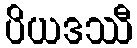
ပိယဒဿီ